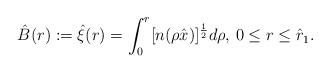
LaTeX: \begin{align*}\hat{B}(r):=\hat{\xi}(r)= \int_0^r[n(\rho\hat{x})]^{\frac{1}{2}}d\rho,\,0\leq r\leq\hat{r}_1.\end{align*}